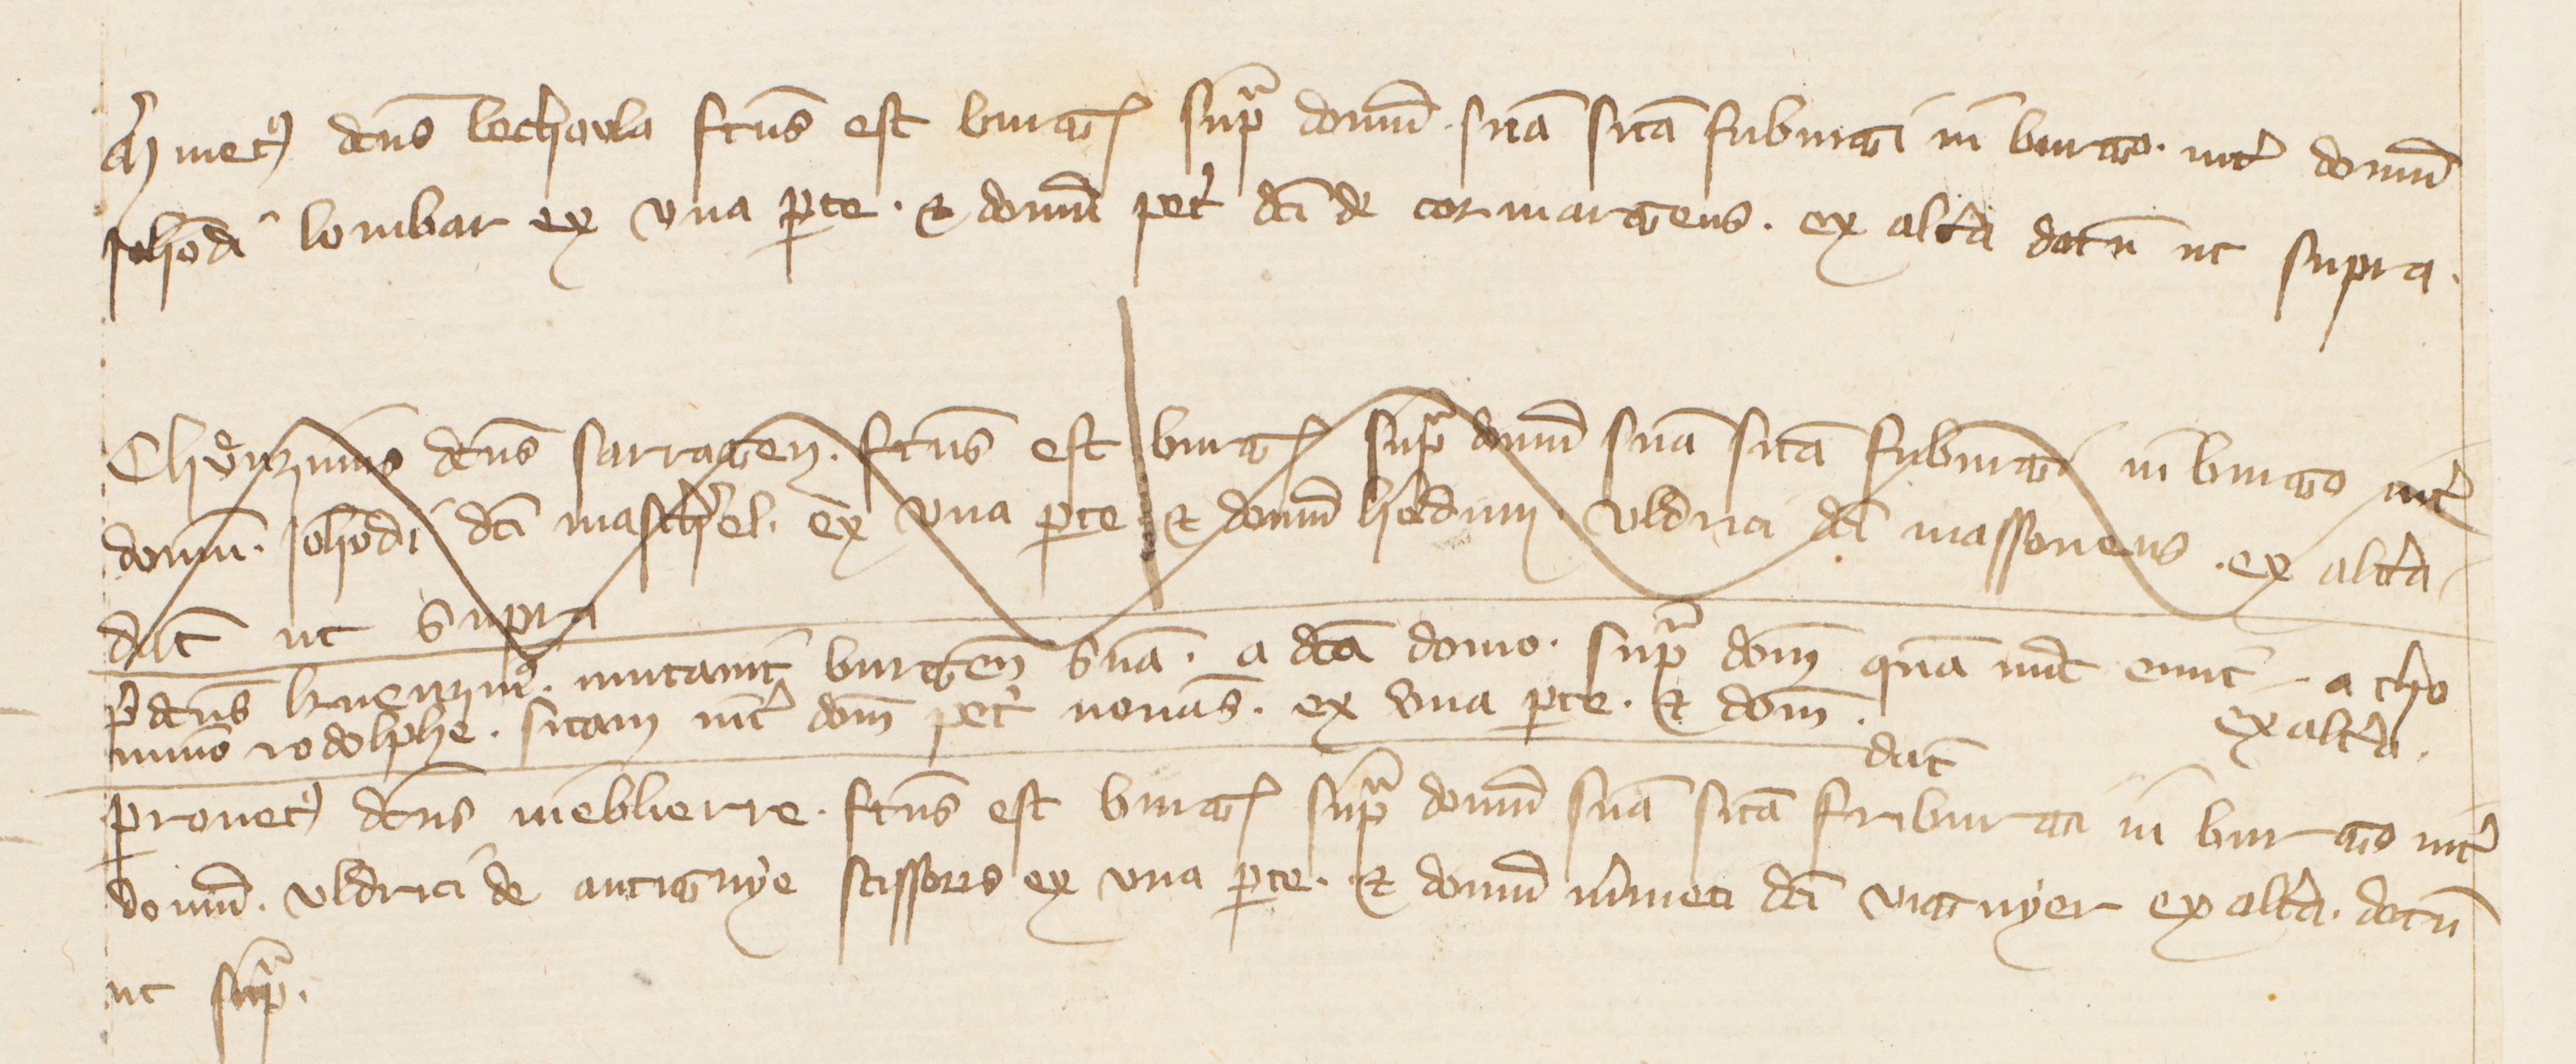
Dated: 1341–1416